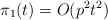
\begin{align*}\pi_{1}(t)= O(p^2t^2)\end{align*}